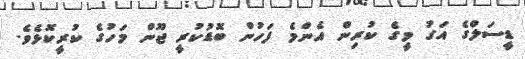
ޑީސަލްގެ އަގު މީގެ ކުރިން އެންމެ ފަހުން ބޮޑުކުރީ ޖޫން މަހުގެ ކުރީކޮޅެވެ.